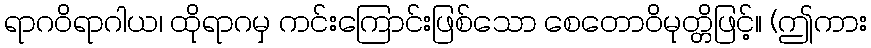
ရာဂဝိရာဂါယ၊ ထိုရာဂမှ ကင်းကြောင်းဖြစ်သော စေတောဝိမုတ္တိဖြင့်။ (ဤကား